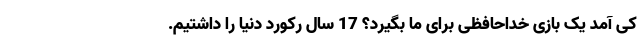
کی آمد یک بازی خداحافظی برای ما بگیرد؟ 17 سال رکورد دنیا را داشتیم.